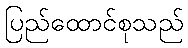
ပြည်ထောင်စုသည်